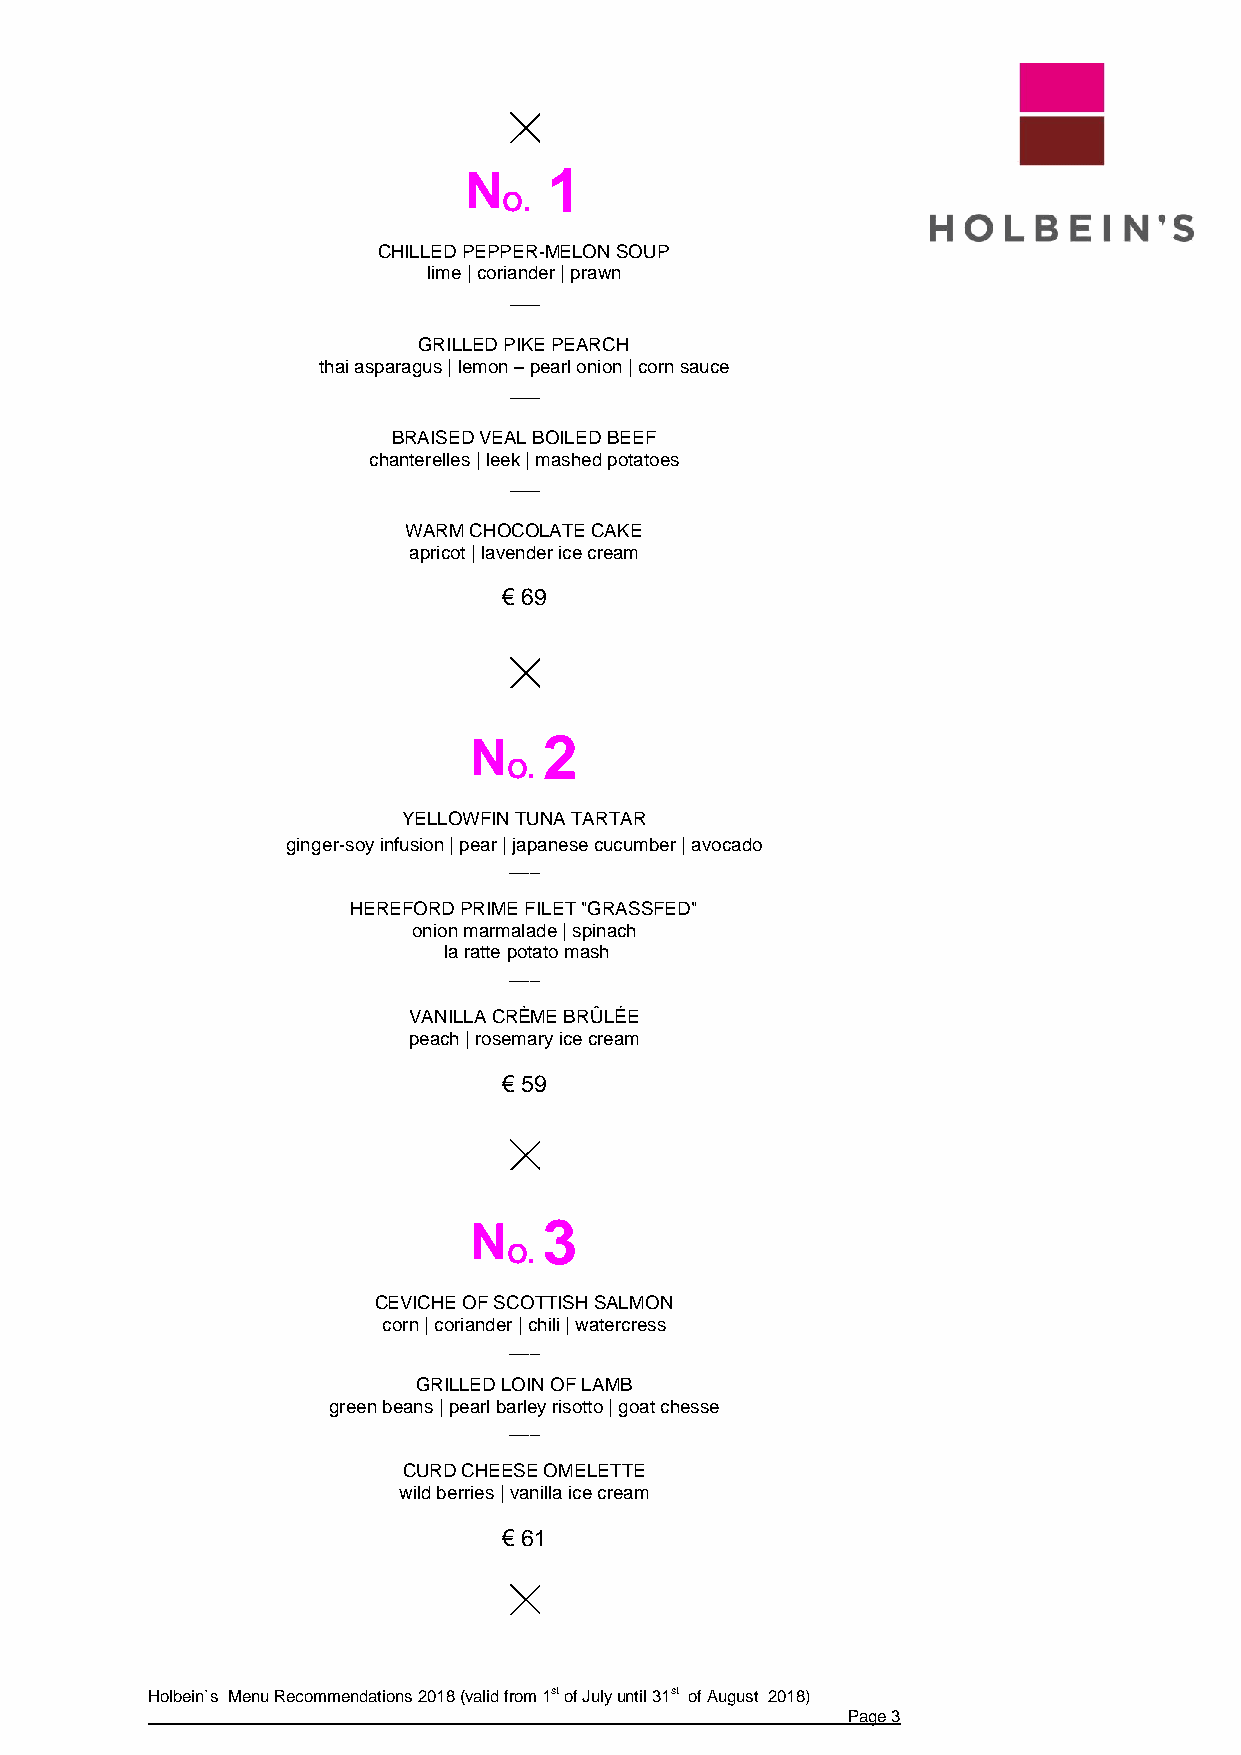
N    1
 O.
 CHILLED PEPPER-MELON SOUP
 lime | coriander | prawn
 GRILLED PIKE PEARCH
 thai asparagus | lemon – pearl onion | corn sauce
 BRAISED VEAL BOILED BEEF
 chanterelles | leek | mashed potatoes
 WARM CHOCOLATE CAKE
 apricot | lavender ice cream
 € 69
 N    2
 O.
 YELLOWFIN TUNA TARTAR
 ginger-soy infusion | pear | japanese cucumber | avocado
 ___
 HEREFORD PRIME FILET "GRASSFED"
 onion marmalade | spinach
 la ratte potato mash
 ___
 VANILLA CRÈME BRÛLÉE
 peach | rosemary ice cream
 € 59
 N    3
 O.
 CEVICHE OF SCOTTISH SALMON
 corn | coriander | chili | watercress
 ___
 GRILLED LOIN OF LAMB
 green beans | pearl barley risotto | goat chesse
 ___
 CURD CHEESE OMELETTE
 wild berries | vanilla ice cream
 € 61
 Holbein`s Menu Recommendations 2018 (valid from 1st of July until 31st of August 2018)
 Page 3